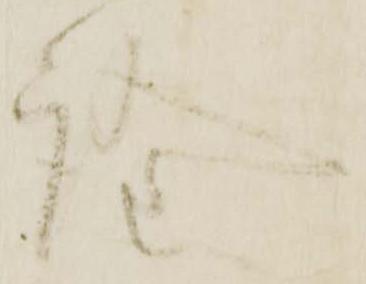
詮